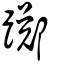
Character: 躑